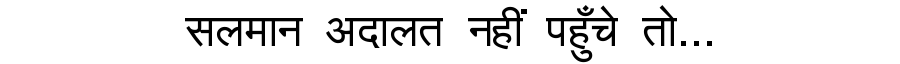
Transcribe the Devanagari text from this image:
सलमान अदालत नहीं पहुँचे तो...